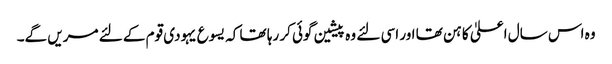
وہ اس سال اعلیٰ کاہن تھا اور اسی لئے وہ پیشین گوئی کر رہا تھا کہ یسوع یہودی قوم کے لئے مریں گے۔